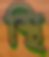
স্থি